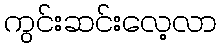
ကွင်းဆင်းလေ့လာ